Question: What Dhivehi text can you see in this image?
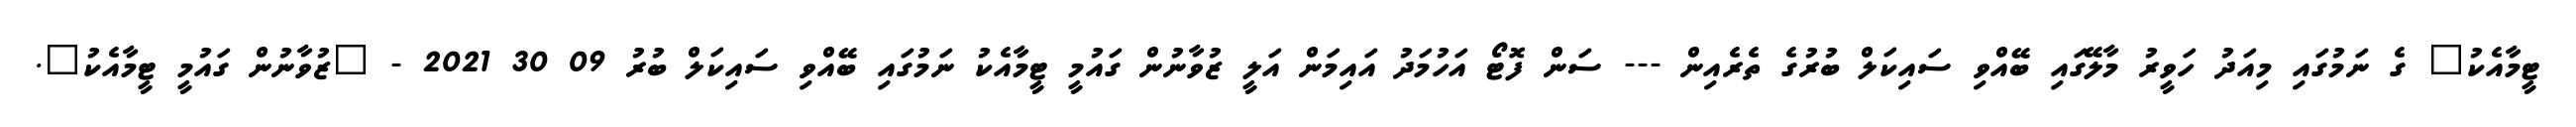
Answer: ޓީމާއެކު" ގެ ނަމުގައި މިއަދު ހަވީރު މާލޭގައި ބޭއްވި ސައިކަލް ބުރުގެ ތެރެއިން --- ސަން ފޮޓޯ އަހުމަދު އައިމަން އަލީ ޒުވާނުން ގައުމީ ޓީމާއެކު ނަމުގައި ބޭއްވި ސައިކަލް ބުރު 09 30 2021 - "ޒުވާނުން ގައުމީ ޓީމާއެކު".